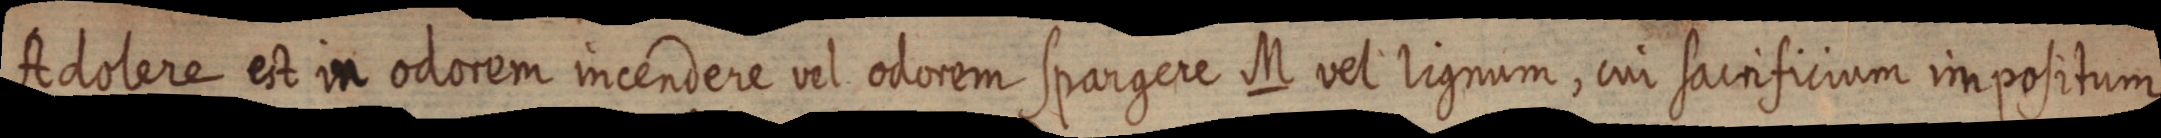
Adolere est in odorem incendere vel odorem spargere M vel lignum, cui sacrificium impositum,